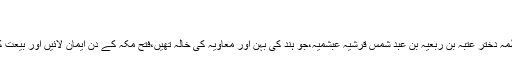
...
فاطمہ دختر عتبہ بن ربعیہ بن عبد شمس قرشیہ عبشمیہ،جو ہند کی بہن اور معاویہ کی خالہ تھیں،فتح مکہ کے دن ایمان لائیں اور بیعت کی۔